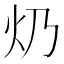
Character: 𤆈